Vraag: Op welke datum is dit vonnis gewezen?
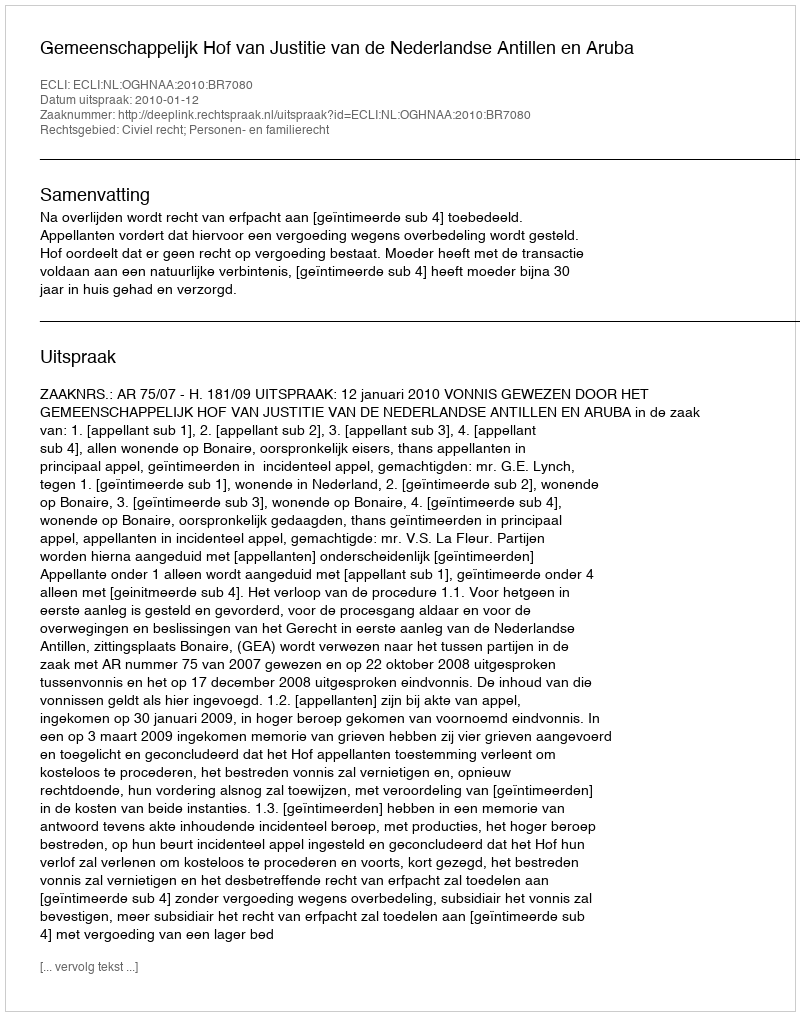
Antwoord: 2010-01-12